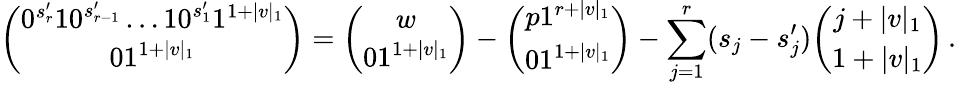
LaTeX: \binom{0^{s_{r}^{\prime}}10^{s_{r-1}^{\prime}}\ldots 10^{s_{1}^{\prime}}1^{1+|v|_{1}}}{01^{1+|v|_{1}}}=\binom{w}{01^{1+|v|_{1}}}-\binom{p1^{r+|v|_{1}}}{01^{1+|v|_{1}}}-\sum_{j=1}^{r}(s_{j}-s_{j}^{\prime})\binom{j+|v|_{1}}{1+|v|_{1}}\, .